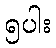
၅ပါး